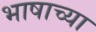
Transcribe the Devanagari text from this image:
भाषाच्या